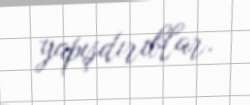
yapışdırıblar.